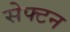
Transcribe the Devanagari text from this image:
सेफ्टन